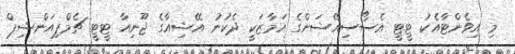
މި އިވެންޓާއެކު ޓީޓީ އެސޯސިއޭޝަންގެ އަމާޒަކީ ދެކުނު އޭޝިއާގެ ޖޫނިއާ ޓީޓީ ޗެމްޕިއަންޝިޕް